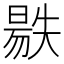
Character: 𣉺